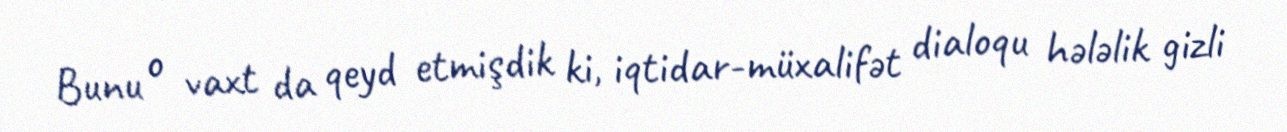
Bunu o vaxt da qeyd etmişdik ki, iqtidar-müxalifət dialoqu hələlik gizli